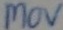
Text: MOV